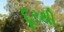
દૂરથી